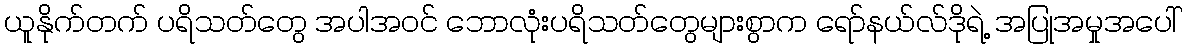
ယူနိုက်တက် ပရိသတ်တွေ အပါအဝင် ဘောလုံးပရိသတ်တွေများစွာက ရော်နယ်လ်ဒိုရဲ့ အပြုအမှုအပေါ်